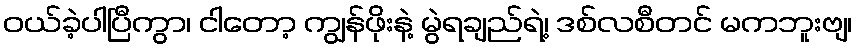
ဝယ်ခဲ့ပါပြီကွာ၊ ငါတော့ ကျွန်ဖိုးနဲ့ မွဲရချည်ရဲ့၊ ဒစ်လစီတင် မကဘူးဗျ၊